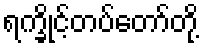
ရက္ခိုင့်တပ်တော်တို့